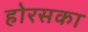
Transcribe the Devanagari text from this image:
होरसका